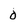
Character: 0